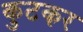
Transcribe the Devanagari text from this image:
कुटकर